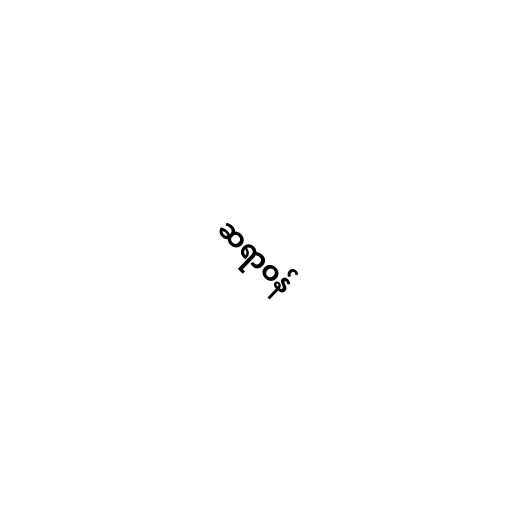
ဆရာဝန်